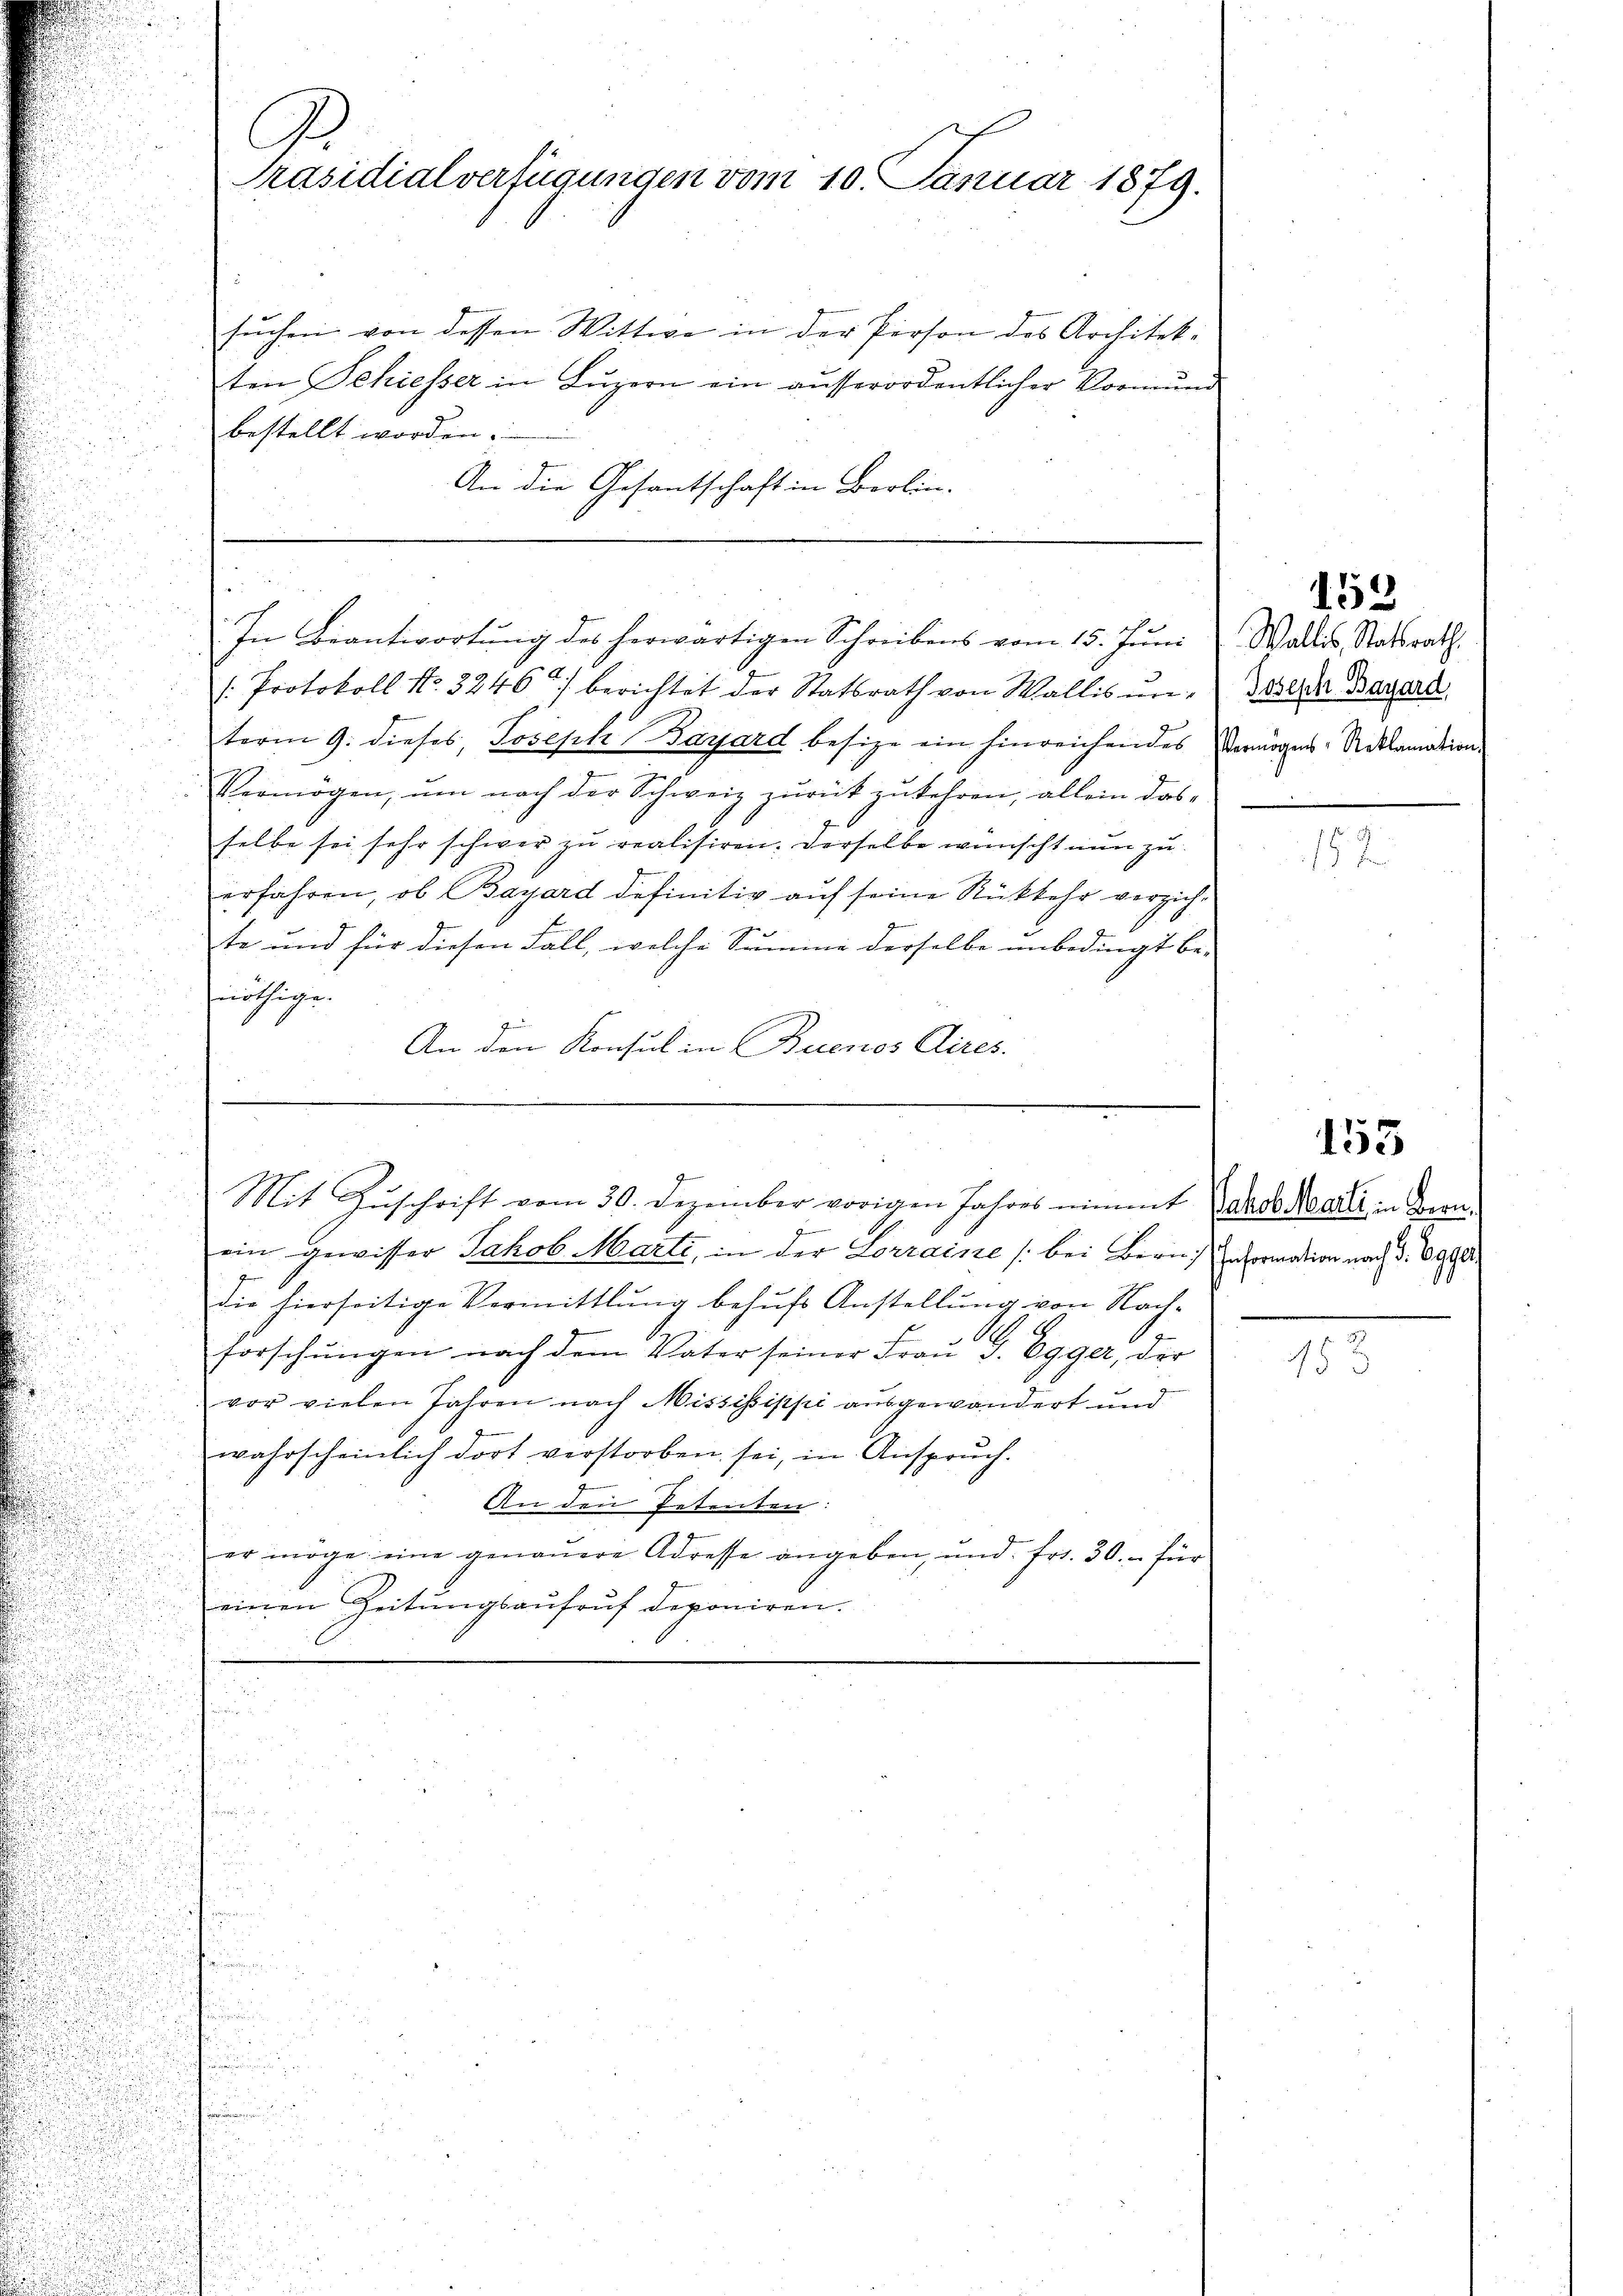
A.
Präsidialverfügungen vom 10. Januar 1879.

sŭchen, von dessen Wittwe in der Person des Architekten Schiesser in Luzern ein ausserordentlicher Vormund
bestellt worden.
An die Gesantschaft in Berlin.

2

In Beantwortung des herwärtigen Schreibens vom 15. Juni

/: Protokoll No. 3246) berichtet der Statsrath von Wallis unterm 9. dieses, Joseph Bayard besize ein hinreichendes Vermögens-Reklamation
Vermögen, ŭm nach der Schweiz zurück zukehren, allein das
selbe sei sehr schwer zu realisiren. Derselbe wünscht nun zu
erfahren, ob Bayard definitiv auf seine Rückkehr verzich-
te und für diesen Fall, welche Summe derselbe unbedingt be-
nöthige
An den Konsul in Buenos Aires.

ein gewisser Jakob Marti, in der Lorraine [bei Bern Information nach §. 699
die hierseitige Vermittlung behufs Anstellung von Nach¬
A
forschŭngen nach dem Vater seiner Fraŭ J. Egger, der
vor vielen Jahren nach Missisippi ausgewandert und
wahrscheinlich dort verstorben sei, in Anspruch.
An den Petenten:
er möge eine genaŭere Adresse angeben, und fr. 30. - für
einen Zeitŭngsaufruf deponiren.

Mit Zuschrift vom 30. Dezember vorigen Jahres nimmt (das Morali in Dien¬

Wallis, Statsrath
Joseph Bayard,

152

153